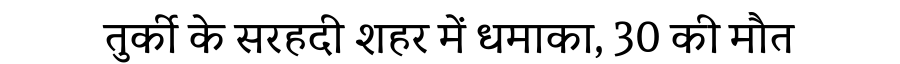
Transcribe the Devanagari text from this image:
तुर्की के सरहदी शहर में धमाका, 30 की मौत